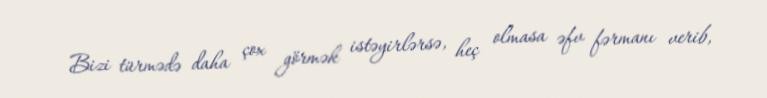
Bizi türmədə daha çox görmək istəyirlərsə, heç olmasa əfv fərmanı verib,